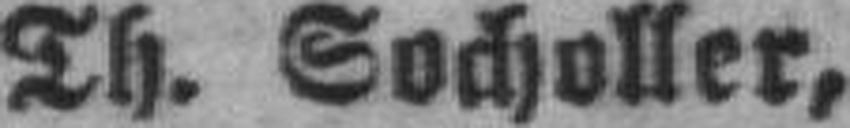
Th. Socholler,